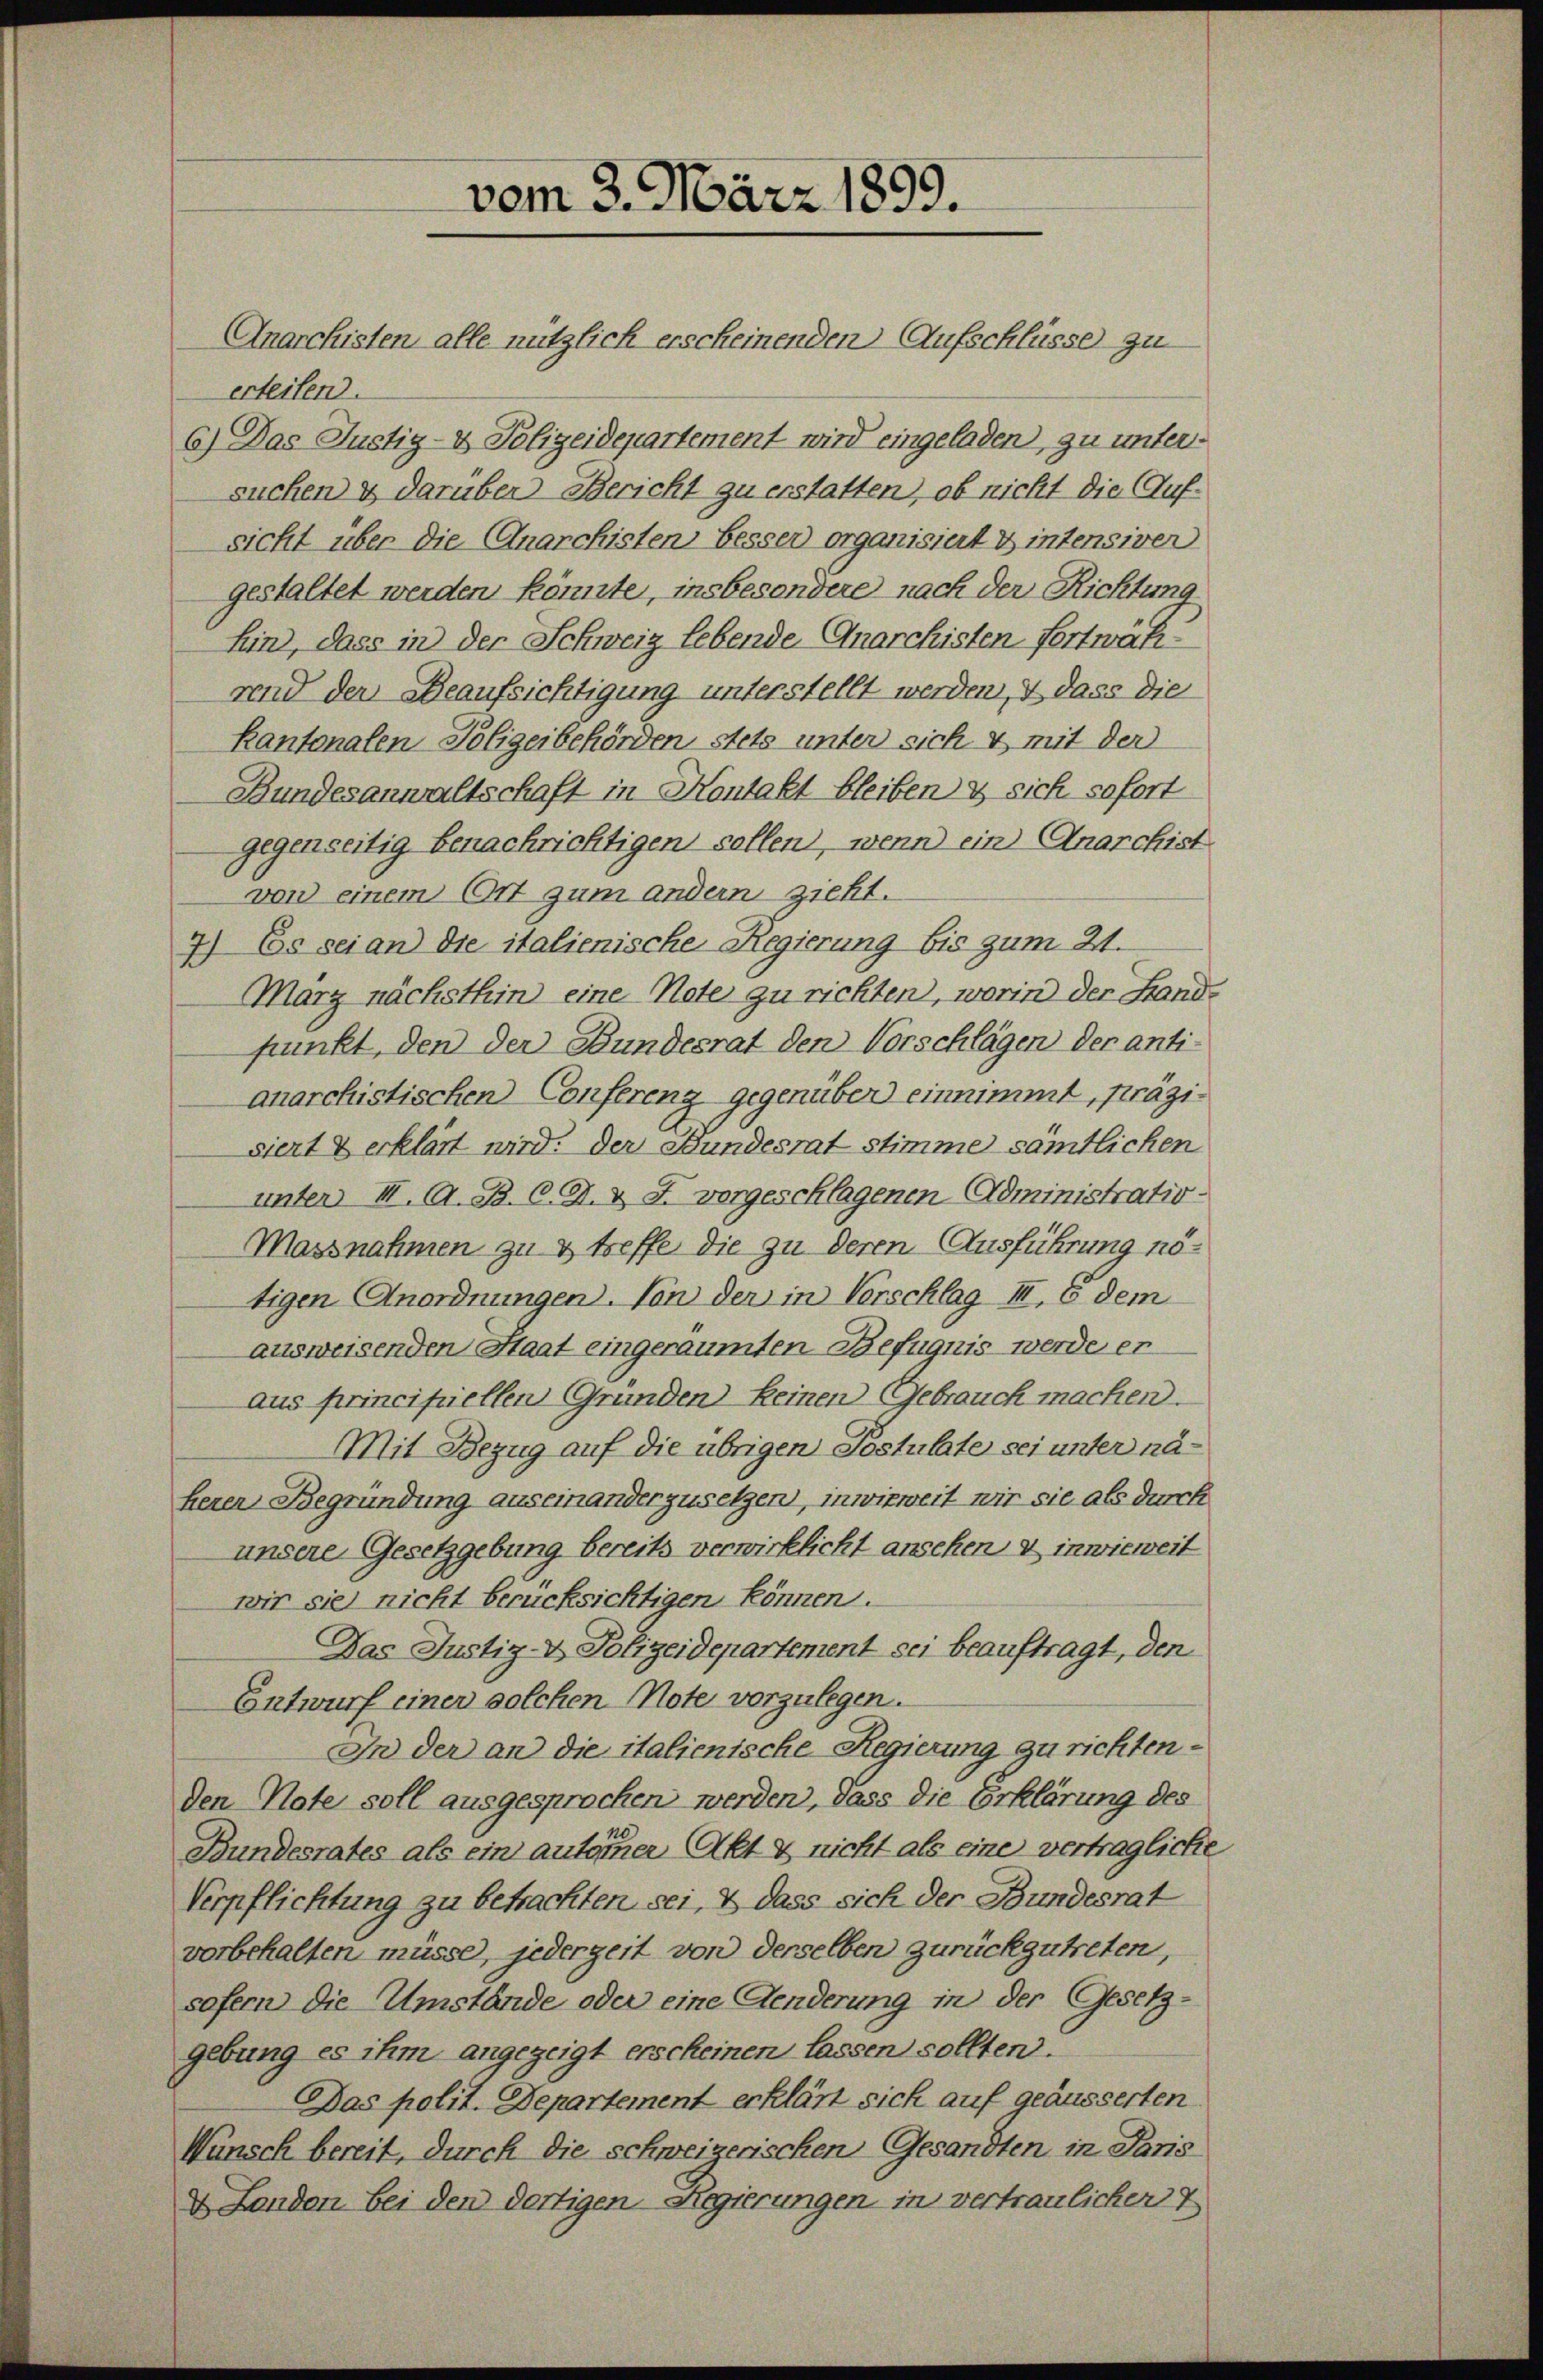
vom 3. März 1899.

Anarchisten alle nützlich erscheinenden Aufschlüsse zu
erteilen.
6) Das Justiz- & Polizeidepartement wird eingeladen, zu untersuchen & darüber Bericht zu erstatten, ob nicht die Aufsicht über die Anarchisten Besser organisiert u intensiven
gestaltet werden könnte, insbesondere nach der Richtung
hin, dass in der Schweiz lebende Anarchisten fortwährend der Beaufsichtigung unterstellt werden, & dass die
Kantonalen Polizeibehörden stets unter sich & mit der
Bundesanwaltschaft in Kontakt bleiben & sich sofort
gegenseitig benachrichtigen sollen, wenn ein Anarchist
von einem Ort zum andern zieht.
7) Es sei an die italienische Regierung bis zum 21.
März nächsthin eine Note zu richten, worin der Stand-
punkt, den der Bundesrat den Vorschlägen der anti-
anarchistischen Confereng gegenüber einnimmt, präzisiert & erklärt wird. Der Bundesrat stimme sämtlichen
unter III. A. B. C. A. v. J. vorgeschlagenen Administratio¬
Massnahmen zu & treffe die zu deren Ausführung nötigen Anordnungen. Von der in Verschlag III, 8 dem
ausweisenden Staat eingeräumten Befugnis werde er
aus principiellen Gründen keinen Gebrauch machen.
Mit Bezug auf die übrigen Postulate sei unter näheren Begründung auseinanderzusetzen, inwieweit wir sie als durch
unsere Gesetzgebung bereits verwirklicht ansehen & inwieweit
wir sie nicht berücksichtigen können.
Das Justiz- & Polizeidepartement sei beauftragt, den
Entwurf einer solchen Note vorzulegen.
In der an die italienische Regierung zu richten.
den Note soll ausgesprochen werden, dass die Erklärung des
Bundesrates als ein autorner Akt & nicht als eine vertragliche
Verpflichtung zu betrachten sei, & dass sich der Bundesrat
vorbehalten müsse, jederzeit von derselben zurückzutreten,
sofern die Umstände oder eine Aenderung in der Gesetz-
gebung es ihm angezeigt erscheinen lassen sollten.
Das polit. Departement erklärt sich auf geäusserten
Wünsch bereit, durch die schweizerischen Gesandten in Paris
4 Landen bei den dortigen Regierungen in vertraulicher